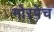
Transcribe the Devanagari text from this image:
मोरपेच